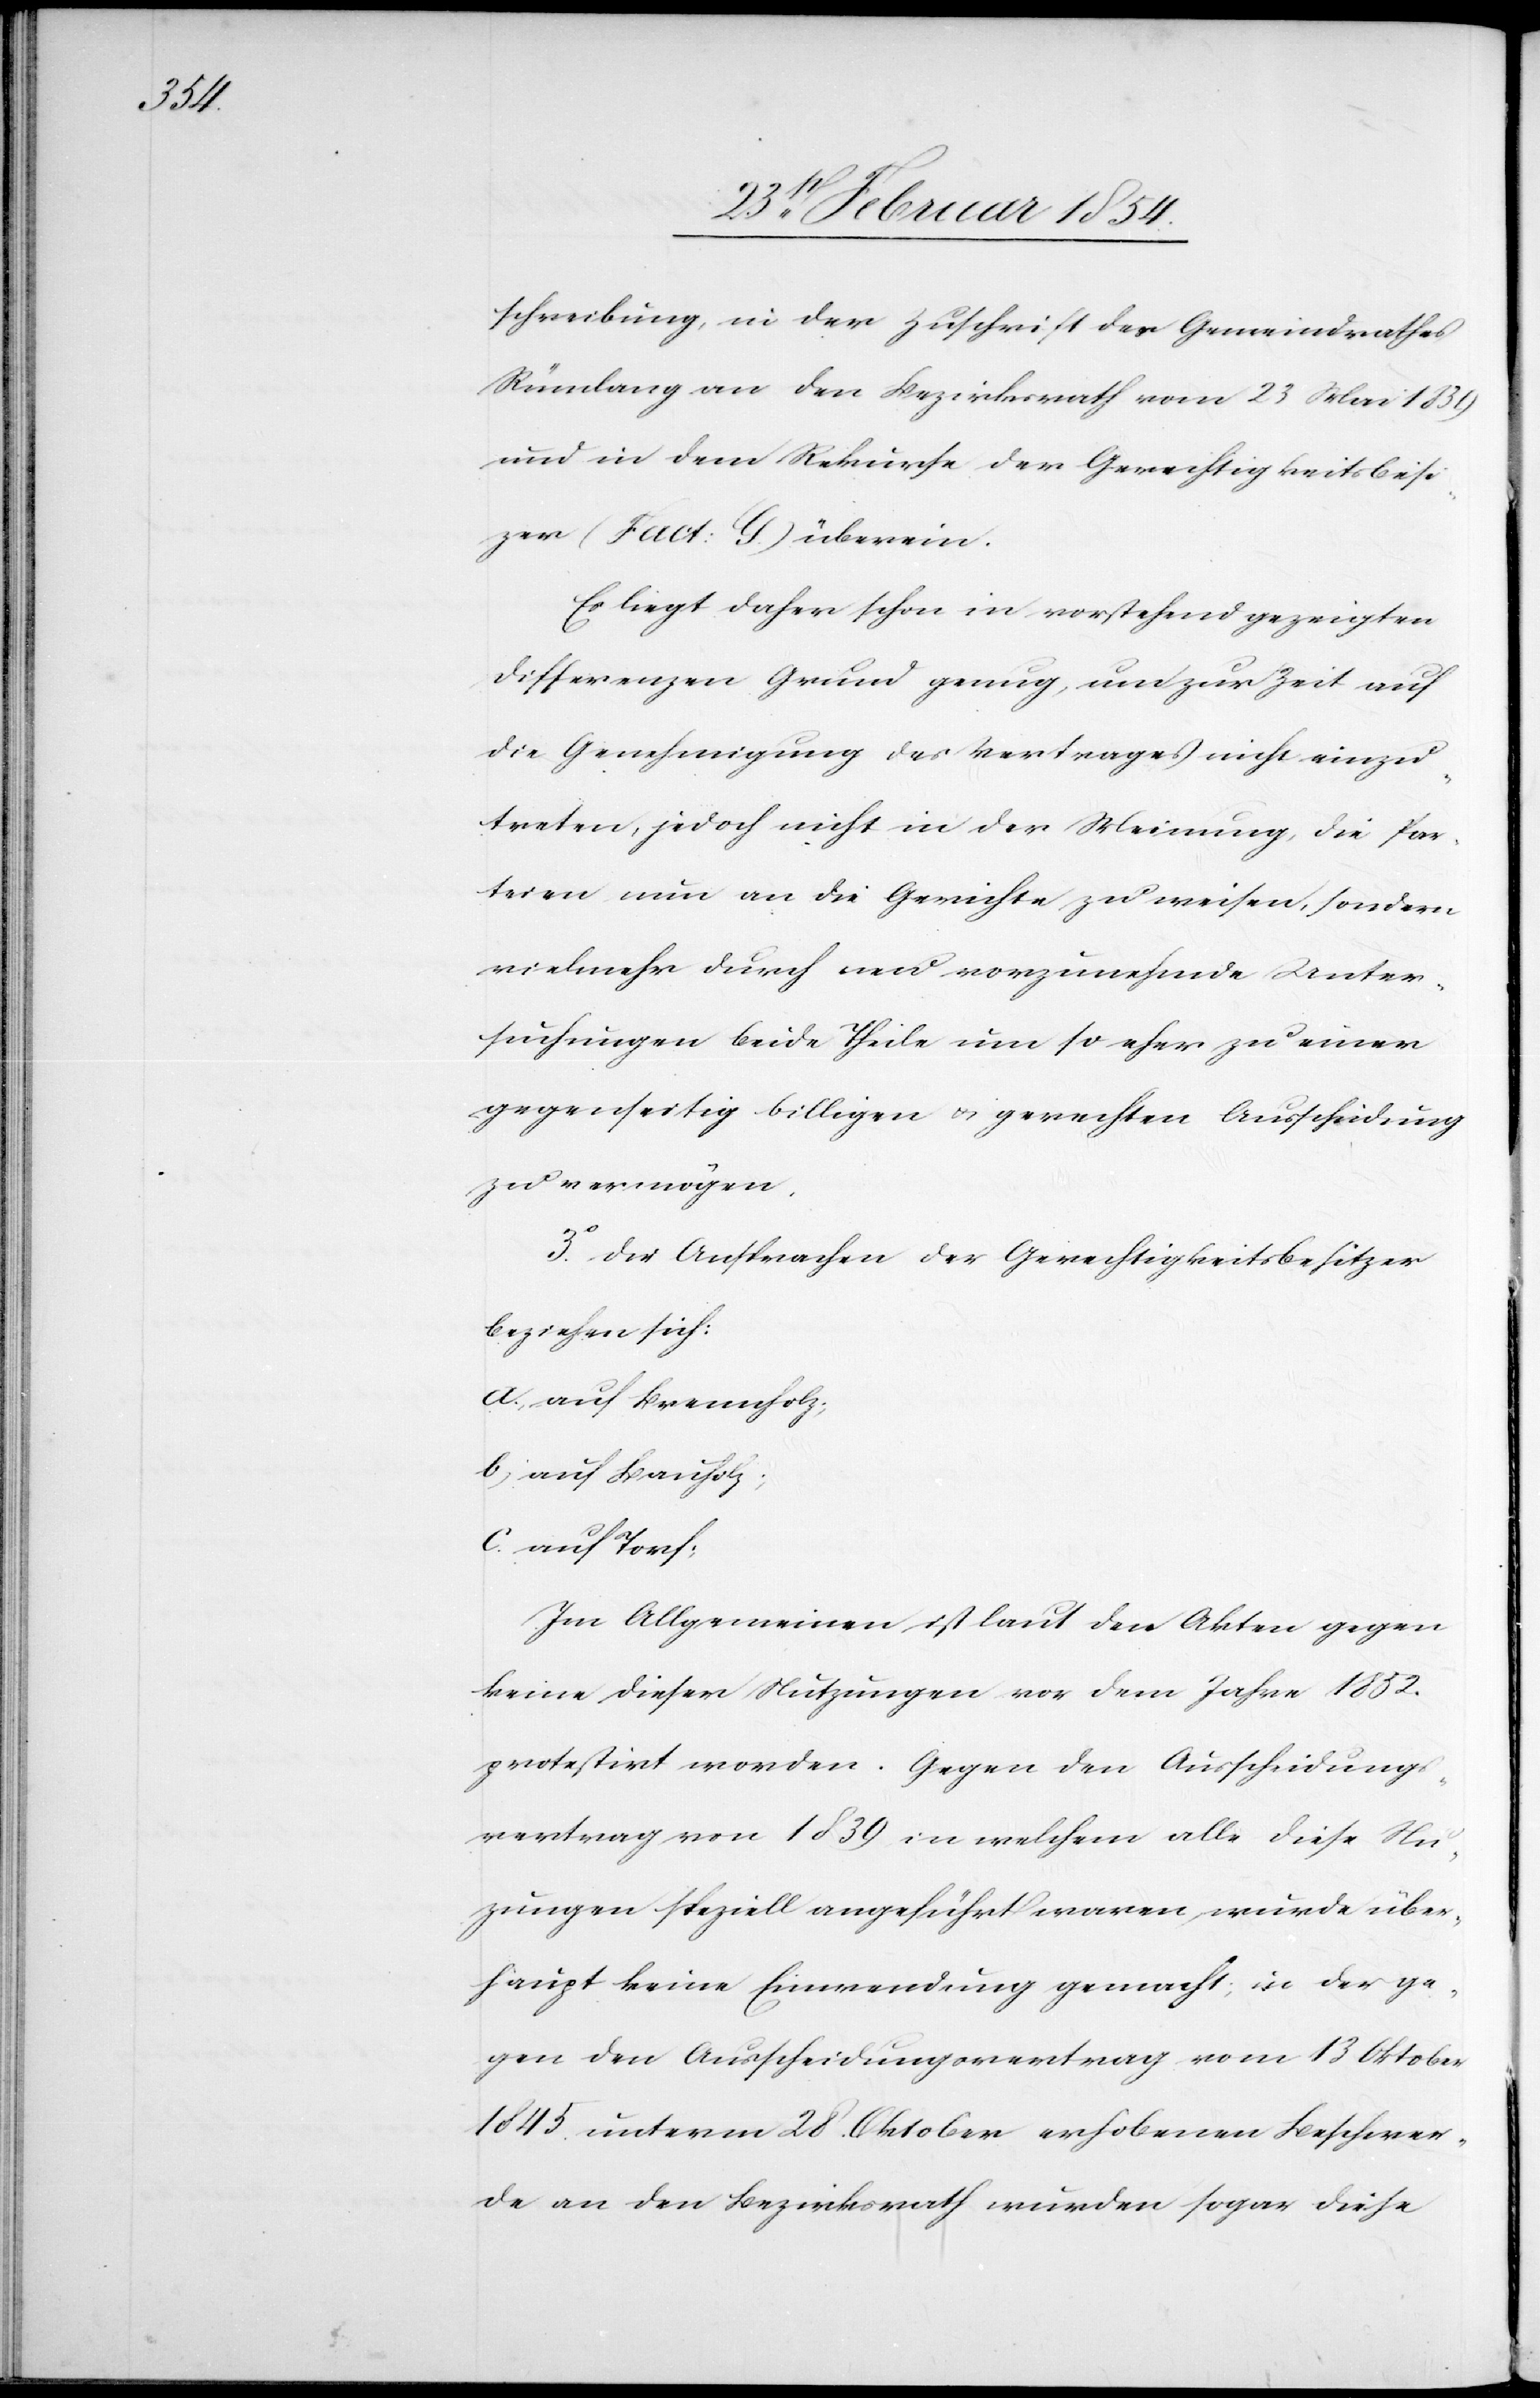
schreibung, in der Zuschrift des Gemeindrathes
Rümlang an den Bezirksrath vom 23 Mai 1839
und in dem Rekurse der Gerechtigkeitsbesit¬
zer (Fact: G.) überein.
Es liegt daher schon in vorstehend gezeigten
Differenzen Grund genug, um zur Zeit auf
die Genehmigung des Vertrages nicht einzu¬
treten, jedoch nicht in der Meinung, die Par¬
teien nun an die Gerichte zu weisen, sondern
vielmehr durch neu vorzunehmende Unter¬
suchungen beide Theile um so eher zu einer
gegenseitig billigen u. gerechten Ausscheidung
zu vermögen.
3o Die Ansprachen der Gerechtigkeitsbesitzer
beziehen sich:
a. auf Brennholz;
b) auf Bauholz;
c. auf Torf;
Im Allgemeinen ist laut den Akten gegen
keine dieser Nutzungen vor dem Jahre 1852.
protestirt worden. Gegen den Ausscheidungs¬
vertrag von 1839 in welchem alle diese Nu¬
zungen speziell angeführt waren, wurde über¬
haupt keine Einwendung gemacht; in der ge¬
gen den ausscheidungsvertrag vom 13 Oktober
1845. unterm 28. Oktober erhobenen Beschwer¬
de an den Bezirksrath wurden sogar diese